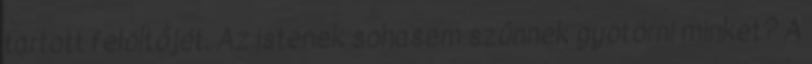
tartott felöltőjét. Az istenek sohasem szűnnek gyötörni minket? A